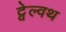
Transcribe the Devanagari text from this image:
ट्वेल्वथ